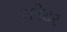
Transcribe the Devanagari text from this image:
शनेडर